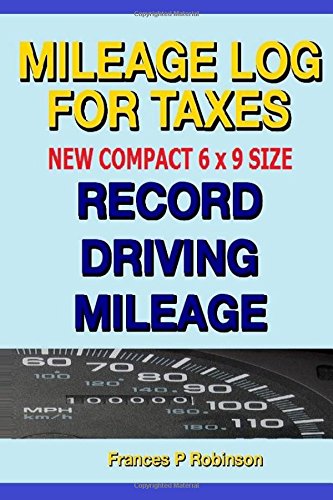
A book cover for Mileage Log for Taxes: Record Driving Mileage, Fuel and Repair Expenses in this compact size Mileage Log for Taxes; Frances P Robinson; Business & Money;